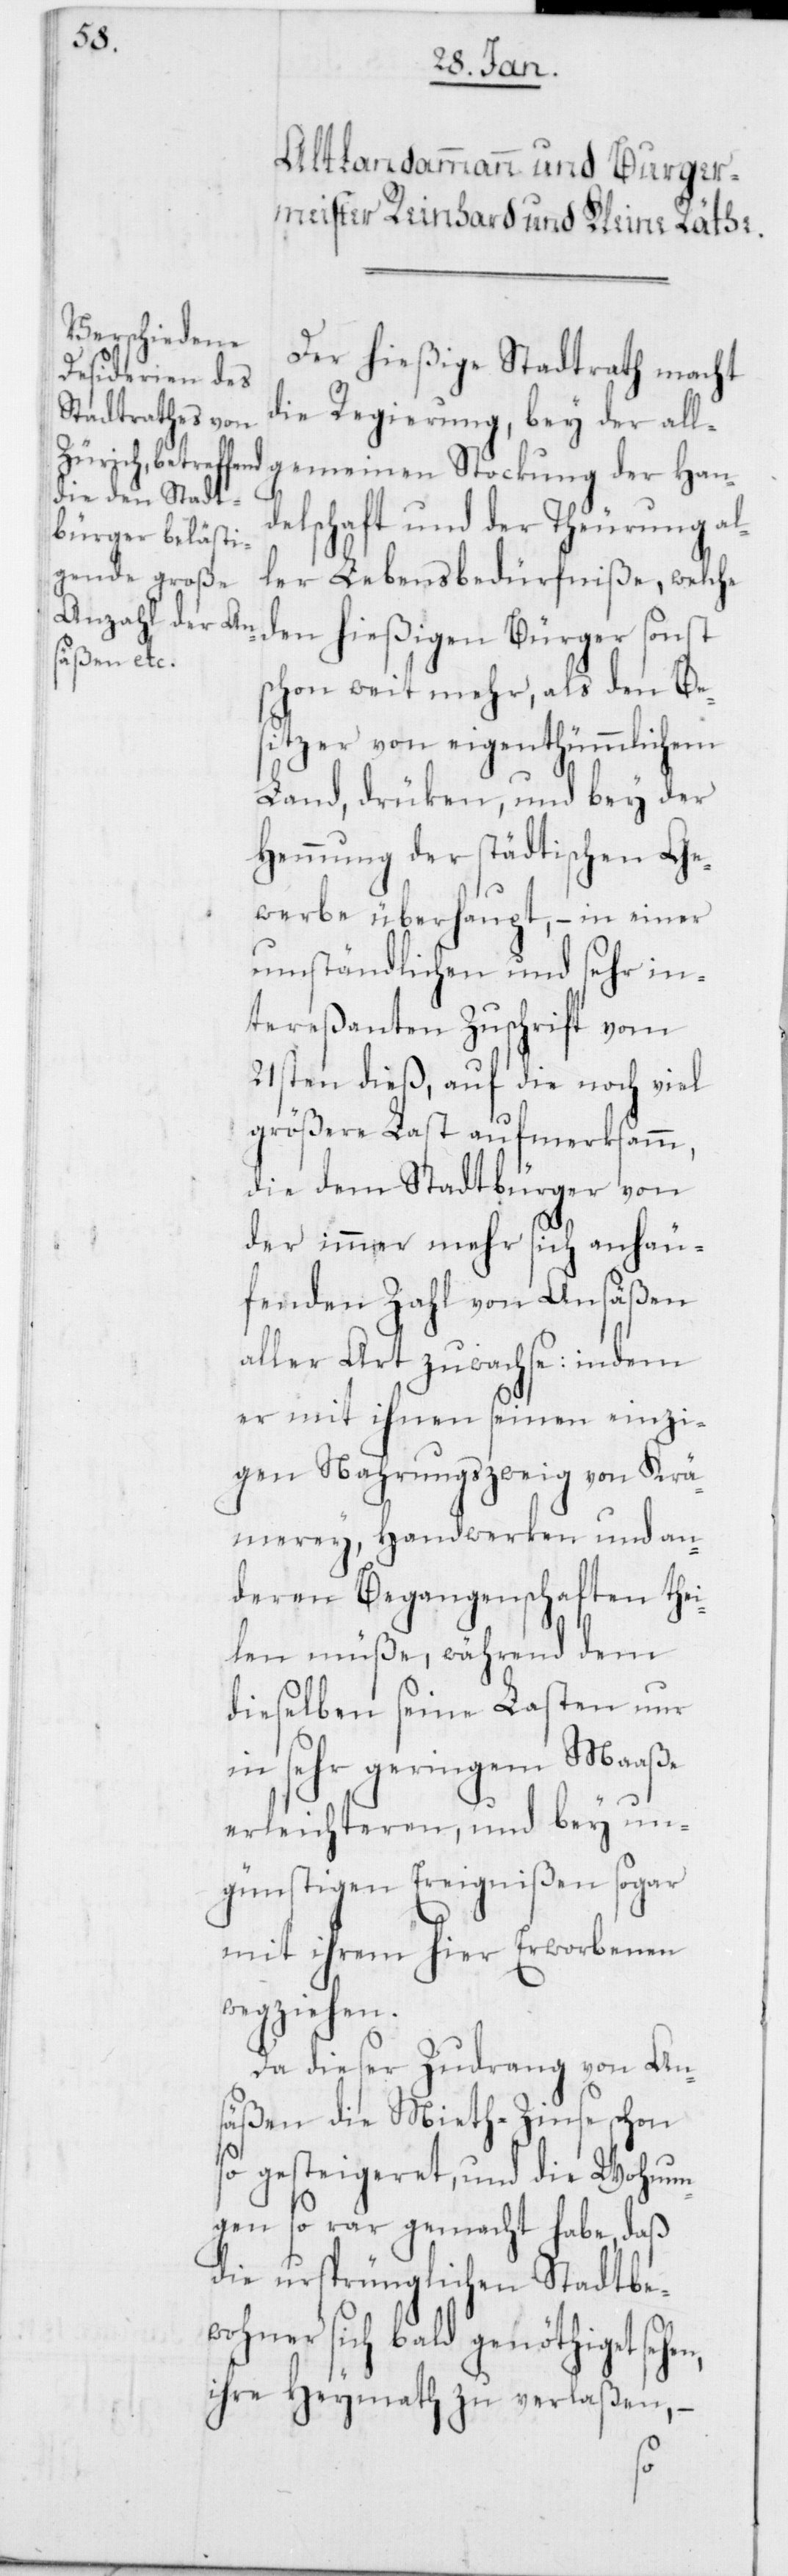
Der hießige Stadtrath macht
die Regierung, bey der all¬
gemeinen Stockung der Han¬
delschaft und der Theurung al¬
ler Lebensbedürfniße, welche
den hießigen Bürger sonst
schon weit mehr, als den Be¬
sitzer von eigenthümmlichem
Land, drüken, und bey der
Hemmung der städtischen Ge¬
werbe überhaupt, – in einer
umständlichen und sehr in¬
tereßanten Zuschrift vom
21sten dieß, auf die noch viel
größere Last aufmerksamm,
die dem Stadtbürger von
der immer mehr sich anhäu¬
fenden Zahl von Ansäßen
aller Art zuwachse, indem
er mit ihnen seinen einzi¬
gen Nahrungszweig von Krä¬
merey, Handwerken und an¬
deren Begangenschaften thei¬
len müße, während dem
dieselben seine Lasten nur
in sehr geringem Maaße
erleichteren, und bey un¬
günstigen Ereignißen sogar
mit ihrem hier Erworbenen
wegziehen.
Da dieser Zudrang von An¬
säßen die Mieth-Zinse schon
so gesteigeret, und die Wohnun¬
gen so rar gemacht habe, daß
die ursprünglichen Stadtbe¬
wohner sich bald genöthiget sehen,
ihre Heymath zu verlaßen, –